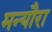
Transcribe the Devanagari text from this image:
मन्यौरा